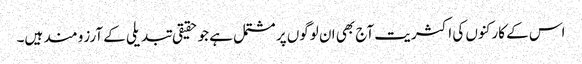
اس کے کارکنوں کی اکثریت آج بھی ان لوگوں پر مشتمل ہے جو حقیقی تبدیلی کے آرزو مند ہیں۔